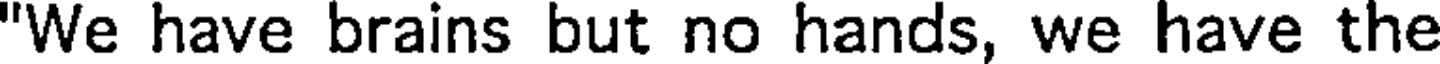
"We have brains but no hands, we have the